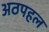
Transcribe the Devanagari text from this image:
अठपहल